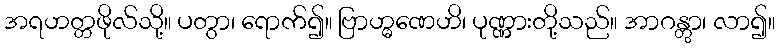
အရဟတ္တဖိုလ်သို့။ ပတွာ၊ ရောက်၍။ ဗြာဟ္မဏေဟိ၊ ပုဏ္ဏားတို့သည်။ အာဂန္တွာ၊ လာ၍။